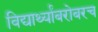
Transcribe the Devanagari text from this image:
विद्यार्थ्यांबरोबरच